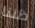
ظننا